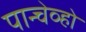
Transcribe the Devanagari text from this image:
पान्चेव्हो